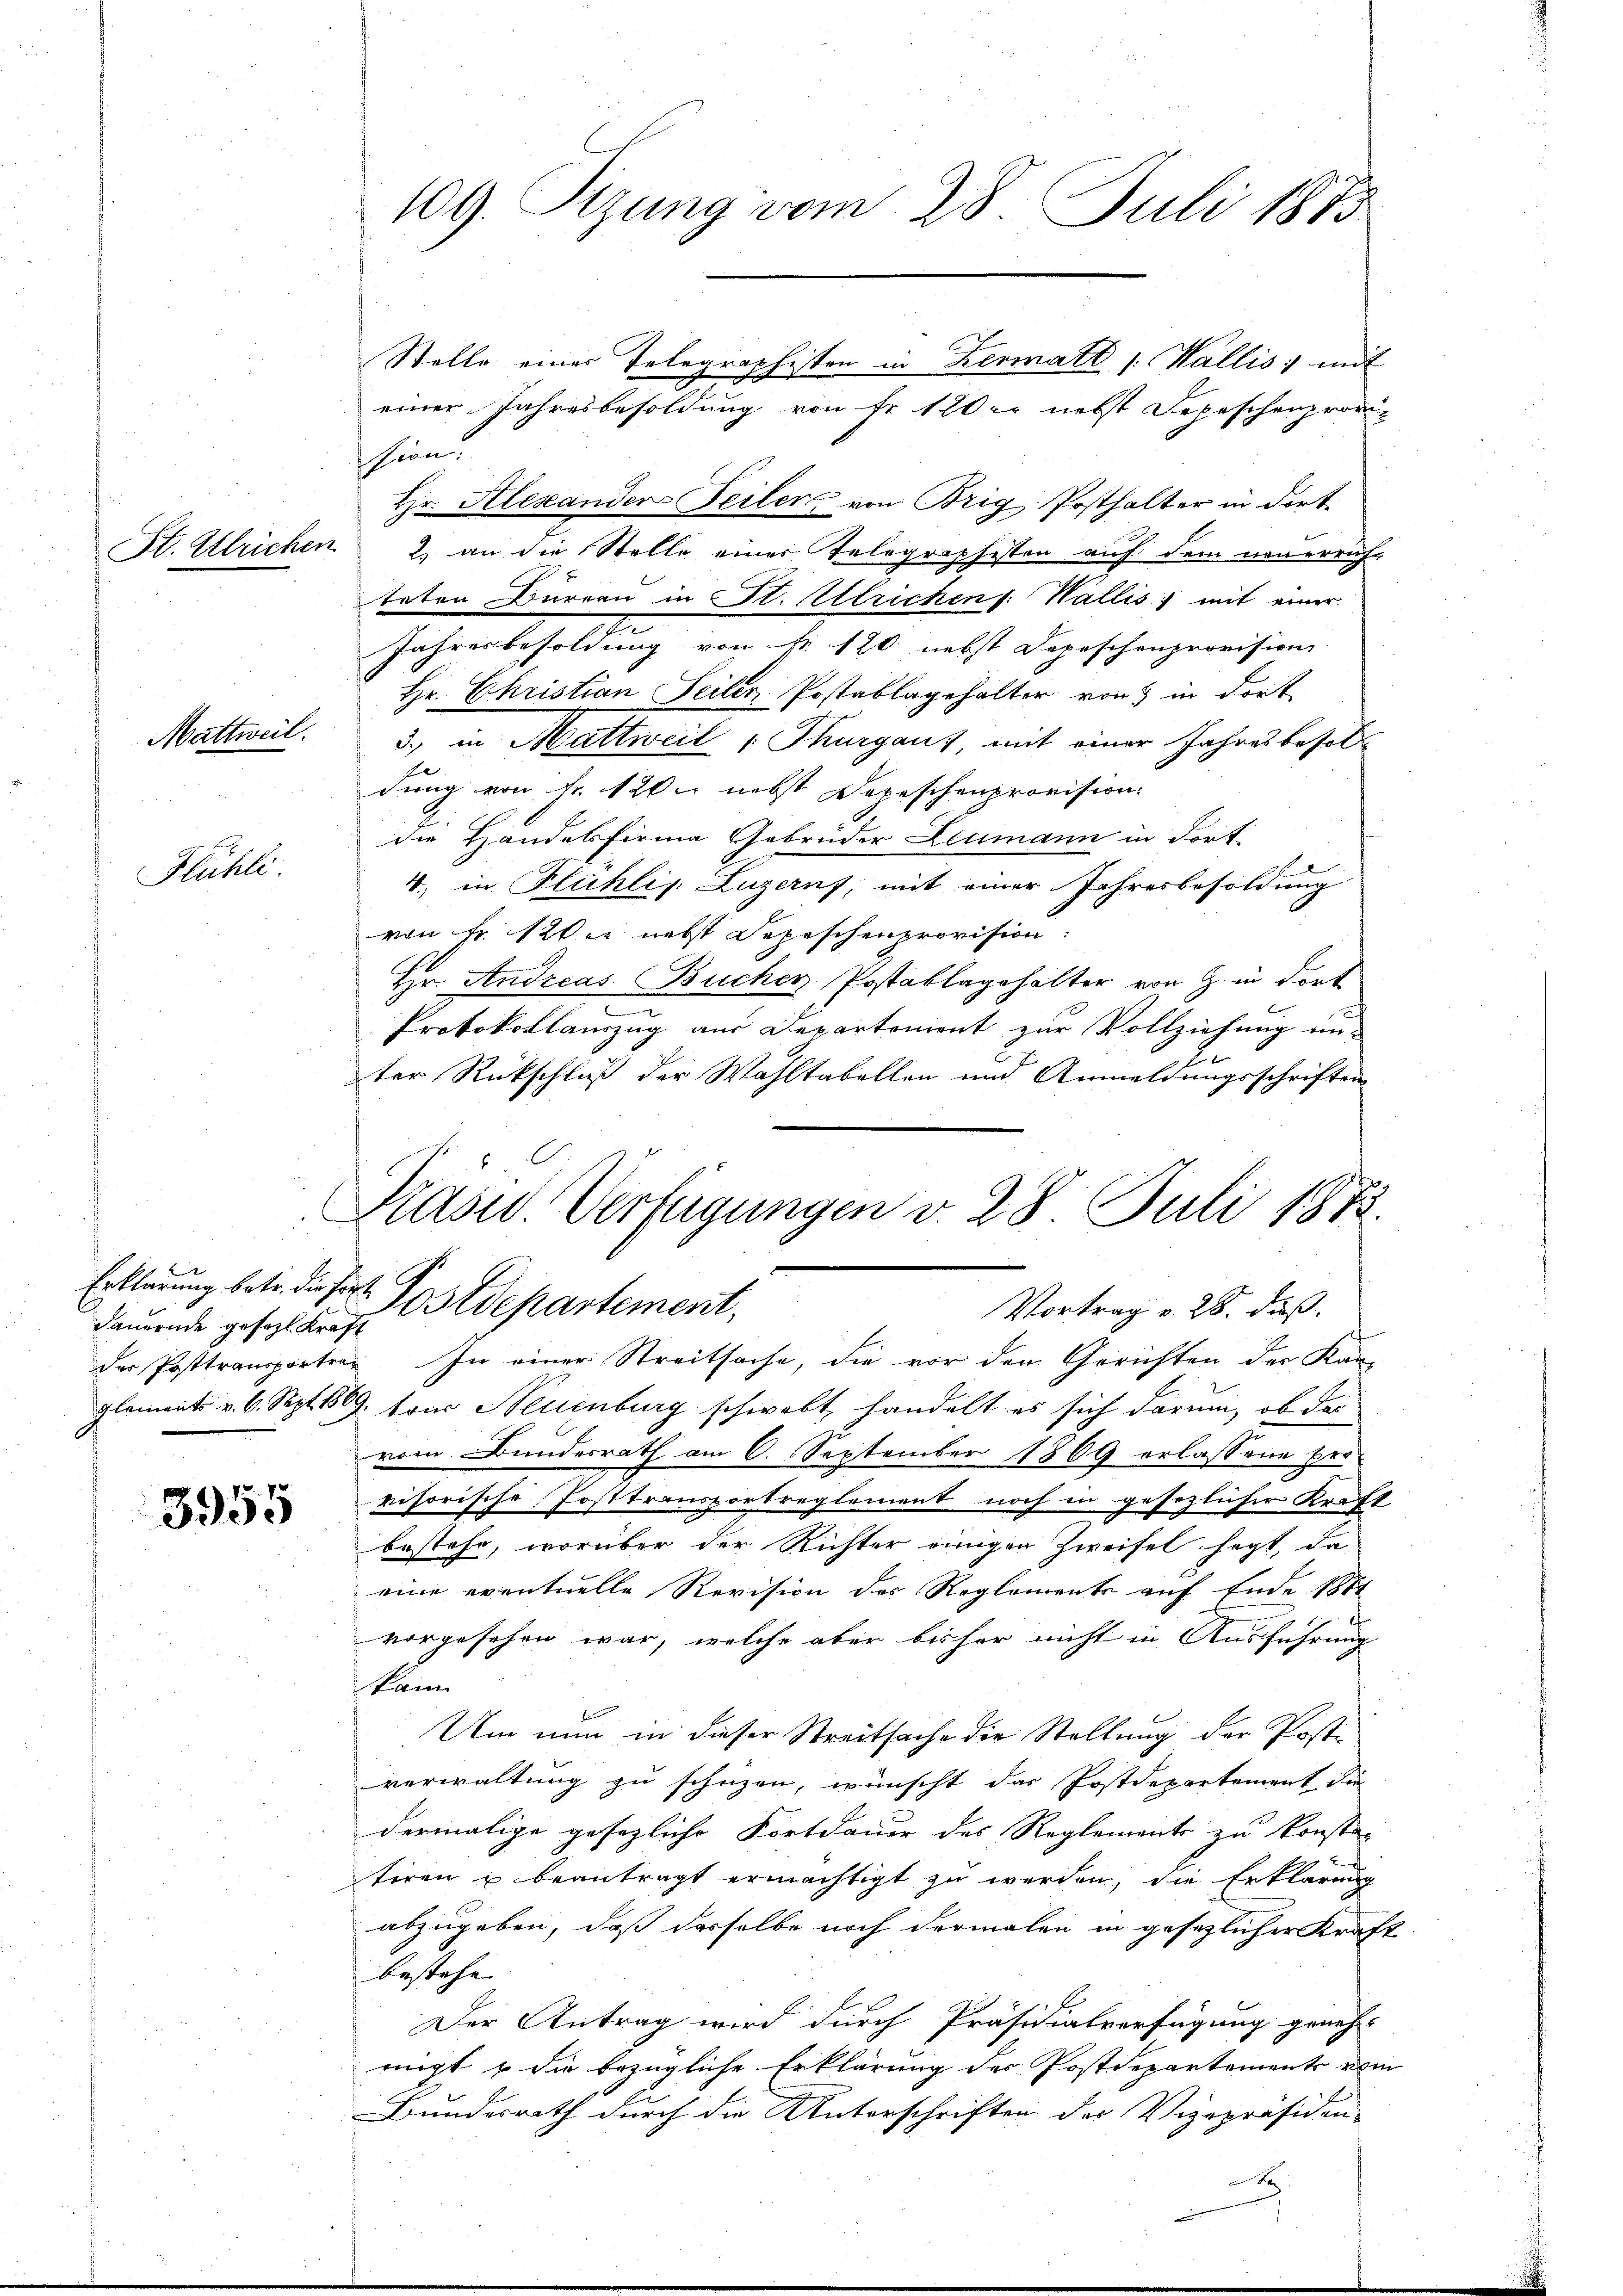
St. Ulrichen

Mattweil.

Hlühli

Dauernde gesezl. Kraft
der Posttransporten¬

3955

s

109. Rzung vom 28. Juli 1873.

einer Jahresbesoldung von Fr. 120 er nebst Depeschenprovihern
Hr. Alexander Teiler, von Brig. Posthalter in dort
2. an die Stelle einer Telegraphesten auf dem neuerricht
teten Burren in St. Ulrichen : Wallis, mit einer
Jahresbesoldung von Fr. 120 nebst Depeschenprovision
Hr. Christian Seiler Postablagehalter von in dort
5., in Mattweil Thurgaus, mit einer Jahresbesoldung von Fr. 120 nebst Depeschenprovision.
die Handelfirma Gebrüder Leumann in Fort
e
4. in Fluchlis. Luzern, mit einer Jahresbesoldung
von Fr. 120er nebst Depeschenprovision:
Hr. Andreas Bucher Postablagehalter von G. in dort
Protokollauszug aus Departement zur Vollziehung ein-
ter Rückschluß der Wahltabellen und Anmeldungsschriften
In einer Streitsache, die vor den Gerichten der Kan-
glements v. 6. Sept. 19. tous Neuenburg schwebt handelt es sich darum, ob das
vom Bundesrath am 6. September 1869 erlassene Provisorische Posttransportreglement noch in gesezlicher Kraft
bestehe, worüber der Richter einigen Zweifel sagt, da
eine eventuelle Revision des Reglements auf Ende 1881
vorgesehen war, welche aber bisher nicht in Ausführung
kann
Um nun in dieser Streitsache die Stellung der Postverwaltung zu schützen, wünscht das Postdepartement die
dermalige gesezliche Fortdauer des Reglements zu konsten
tiren u beantragt ermächtigt zu werden, die Erklärung
abzugeben, daß dasselbe noch dermalen in gesezlicher Kraf
bestehe
Der Antrag wird durch Präsidialverfügung geneh-
migt & die bezügliche Erklärung des Postdepartements von
Bundesrath durch die Unterschriften des Vizepräsiden-

Stelle einer Telegraphisten in Hermatt (Wallis, mit

Kasid. Verfügungen v. 28. Juli 1873
Erklärung betr. die fest. Postdepartement,
Vortrag v. 28. dieß.